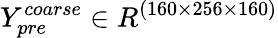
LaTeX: Y_{pre}^{coarse}\in R^{(160\times 256\times 160)}